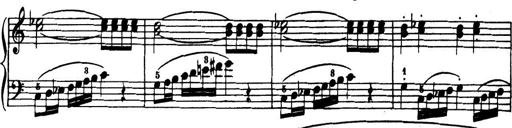
Title: 32 Sonatinas and Rondos for the Piano
Composer: Richard Kleinmichel